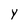
Character: y